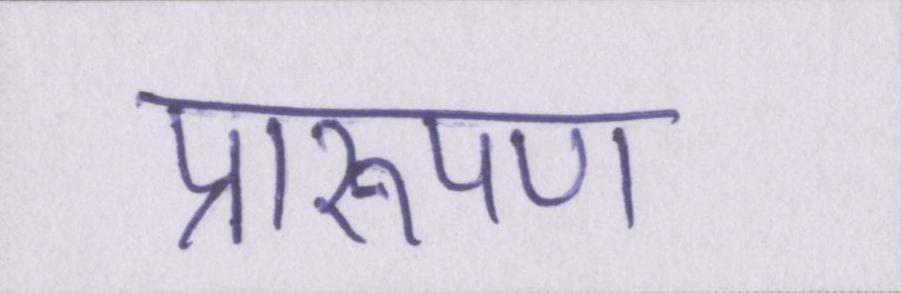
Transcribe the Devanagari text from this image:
प्रारूपण